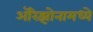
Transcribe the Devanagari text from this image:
अॅरिझोनामध्ये